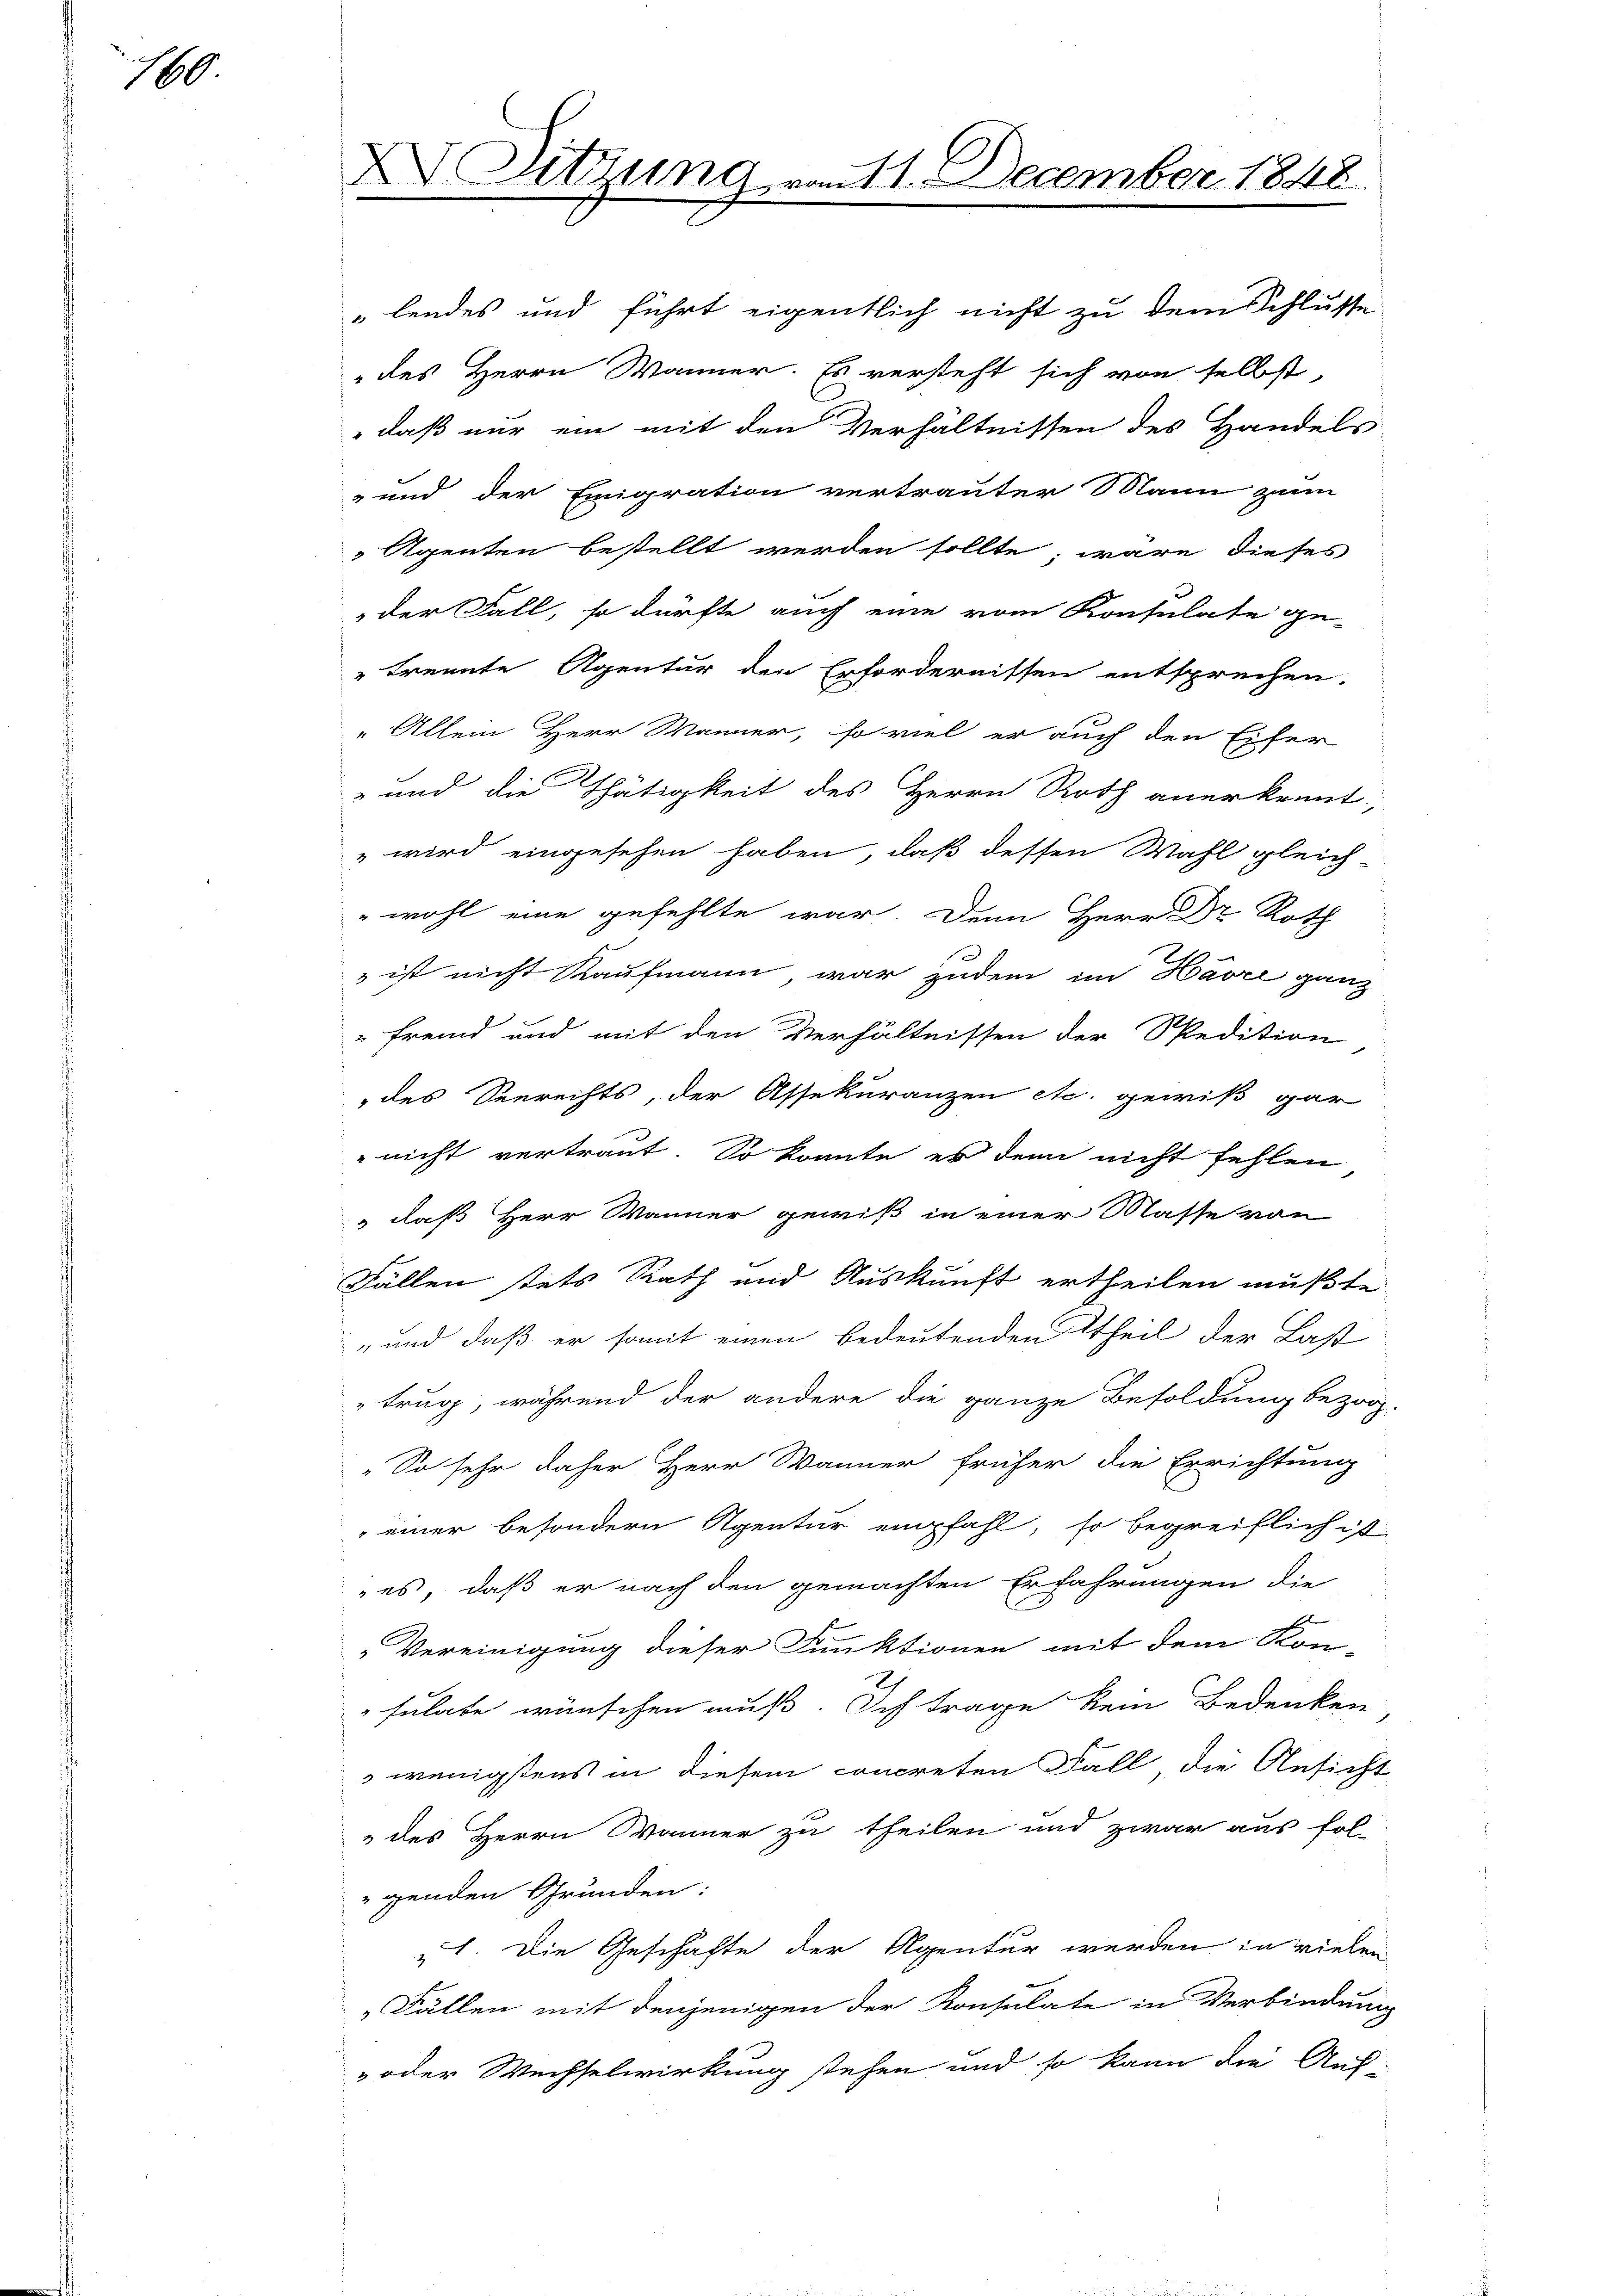
160

X Sitzung vom 11. December 1848

lendes und führt eigentlich nicht zu dem Schlusse
des Herrn Wänner. Es versteht sich von selbst,
daß nur ein mit den Verhältnissen des Handels
-und der Emigration vertrauter Mann zum
Agenten bestellt werden sollte, wäre dieses
der Fall, so dürfte auch eine vom Konsulate ge-
"trennte Agentur den Erfordernissen entsprechen.
" Allein Herr Männer, so viel er auch den Eifer
 und die Thätigkeit des Herrn Roth anerkennt,
" wird eingesehen haben, daß dessen Wahl gleich-
" wohl eine gefehlte war. Denn Herr Dr Roth
 ist nicht Kaufmann war zudem im Havre ganz
fremd und mit den Verhältnissen der Spedition
des Seerechts, der Assekuranzen etc. gewiß gar
 nicht vertraut. So konnte er denn nicht fehlen
 daß Herr Wanner gewiß in einer Masse von
Fällen stets Rath und Auskunft ertheilen mußte
„und daß er somit einen bedeutenden Theil der Last
"trug, während der andere die ganze Besoldung bezog
„So sehr daher Herr Wänner früher die Errichtung
einer besondern Agentur empfahl, so begreiflich ist
es, daß er nach den gemachten Erfahrungen die
„Vereinigung dieser Funktionen mit dem Kon-
sulate wünschen muß. Ich trage kein Bedenken
 wenigstens in diesem concreten Fall, die Ansicht
 des Herrn Bänner zu theilen und zwar aus fol-
genden Grunden:
„1. Die Geschäfte der Agentur werden in vielen
Fällen mit denjenigen der Konsulate in Verbindung
-oder Wechselwirkung stehen und so kann die Aus-